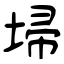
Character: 埽